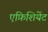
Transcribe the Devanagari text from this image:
एफ़िशियेंट